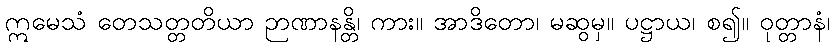
ဣမေသံ တေသတ္တတိယာ ဉာဏာနန္တိ၊ ကား။ အာဒိတော၊ မဆွမှ။ ပဋ္ဌာယ၊ စ၍။ ဝုတ္တာနံ၊